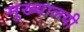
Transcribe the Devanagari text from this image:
मुख्यालयी